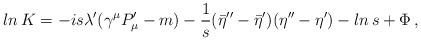
LaTeX: \begin{align*}ln\,K=-is\lambda'(\gamma^\mu P'_\mu-m)-{1\over s}({\bar\eta}''-{\bar\eta}')(\eta ''-\eta') -ln\,s +\Phi\,,\end{align*}